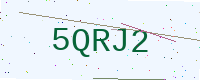
Text: 5QRJ2